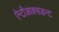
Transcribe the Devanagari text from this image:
ऐन्टीआक्सडन्ट